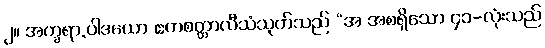
၂။ အက္ခရာ.ပါဒယော ဧကစတ္တာလီသံသုတ်သည် “အ အစရှိသော ၄၁-လုံးသည်